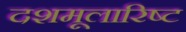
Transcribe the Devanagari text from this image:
दशमूलारिष्ट